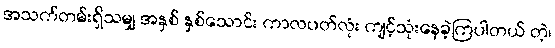
အသက်တမ်းရှိသမျှ အနှစ် နှစ်သောင်း ကာလပတ်လုံး ကျင့်သုံးနေခဲ့ကြပါတယ် တဲ့၊